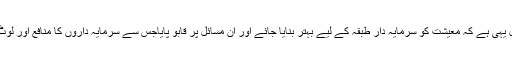
اس وقت اصل سوال یہی ہے کہ معیشت کو سرمایہ دار طبقہ کے لیے بہتر بنایا جائے اور اُن مسائل پر قابو پایاجس سے سرمایہ داروں کا منافع اور لوٹ مار برقرار رہے۔